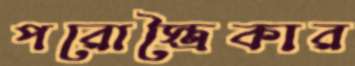
পরোস্ত্রৈকার